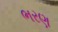
ભરણ